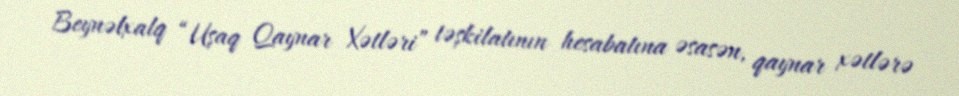
Beynəlxalq “Uşaq Qaynar Xətləri” təşkilatının hesabatına əsasən, qaynar xətlərə